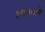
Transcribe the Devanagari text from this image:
१७६५मे